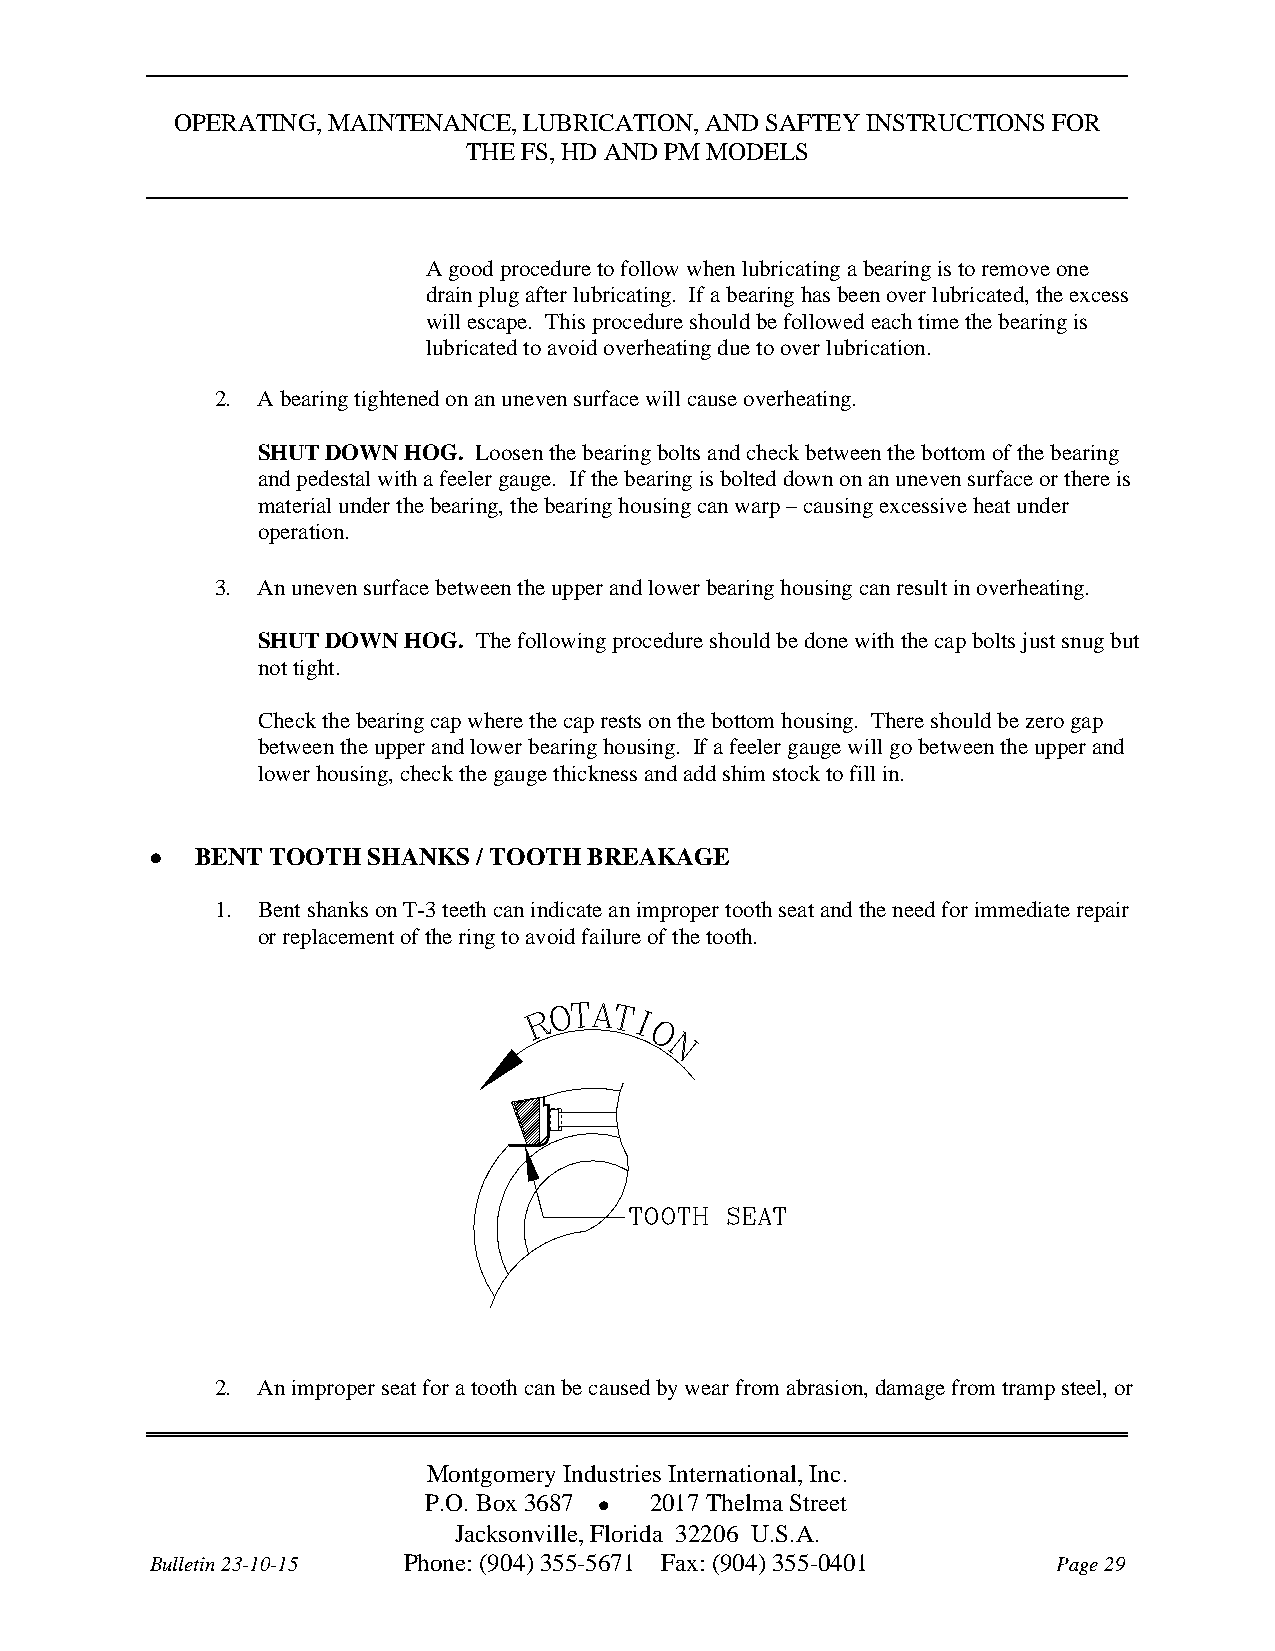
OPERATING, MAINTENANCE, LUBRICATION, AND SAFTEY INSTRUCTIONS FOR
 THE FS, HD AND PM MODELS
 A good procedure to follow when lubricating a bearing is to remove one
 drain plug after lubricating. If a bearing has been over lubricated, the excess
 will escape. This procedure should be followed each time the bearing is
 lubricated to avoid overheating due to over lubrication.
 2. A bearing tightened on an uneven surface will cause overheating.
 SHUT DOWN HOG. Loosen the bearing bolts and check between the bottom of the bearing
 and pedestal with a feeler gauge. If the bearing is bolted down on an uneven surface or there is
 material under the bearing, the bearing housing can warp – causing excessive heat under
 operation.
 3. An uneven surface between the upper and lower bearing housing can result in overheating.
 SHUT DOWN HOG. The following procedure should be done with the cap bolts just snug but
 not tight.
 Check the bearing cap where the cap rests on the bottom housing. There should be zero gap
 between the upper and lower bearing housing. If a feeler gauge will go between the upper and
 lower housing, check the gauge thickness and add shim stock to fill in.
   BENT TOOTH SHANKS  / TOOTH BREAKAGE
 1. Bent shanks on T-3 teeth can indicate an improper tooth seat and the need for immediate repair
 or replacement of the ring to avoid failure of the tooth.
 2. An improper seat for a tooth can be caused by wear from abrasion, damage from tramp steel, or
 Montgomery Industries International, Inc.
 P.O. Box 3687  2017 Thelma Street
 Jacksonville, Florida 32206 U.S.A.
 Bulletin 23-10-15 Phone: (904) 355-5671 Fax: (904) 355-0401 Page 29